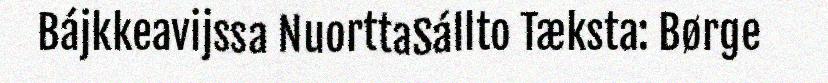
Bájkkeavijssa NuorttaSállto Tæksta: Børge